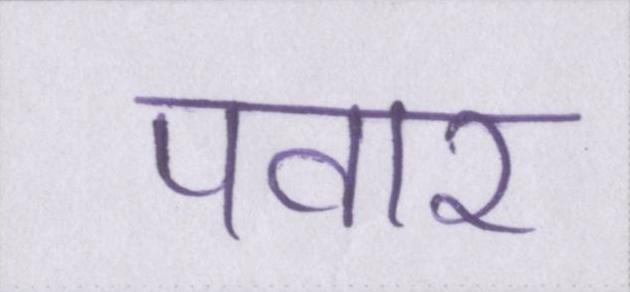
पवार